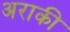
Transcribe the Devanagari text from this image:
अराकी